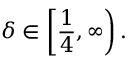
\delta \in \left[ \frac { 1 } { 4 } , \infty \right) .